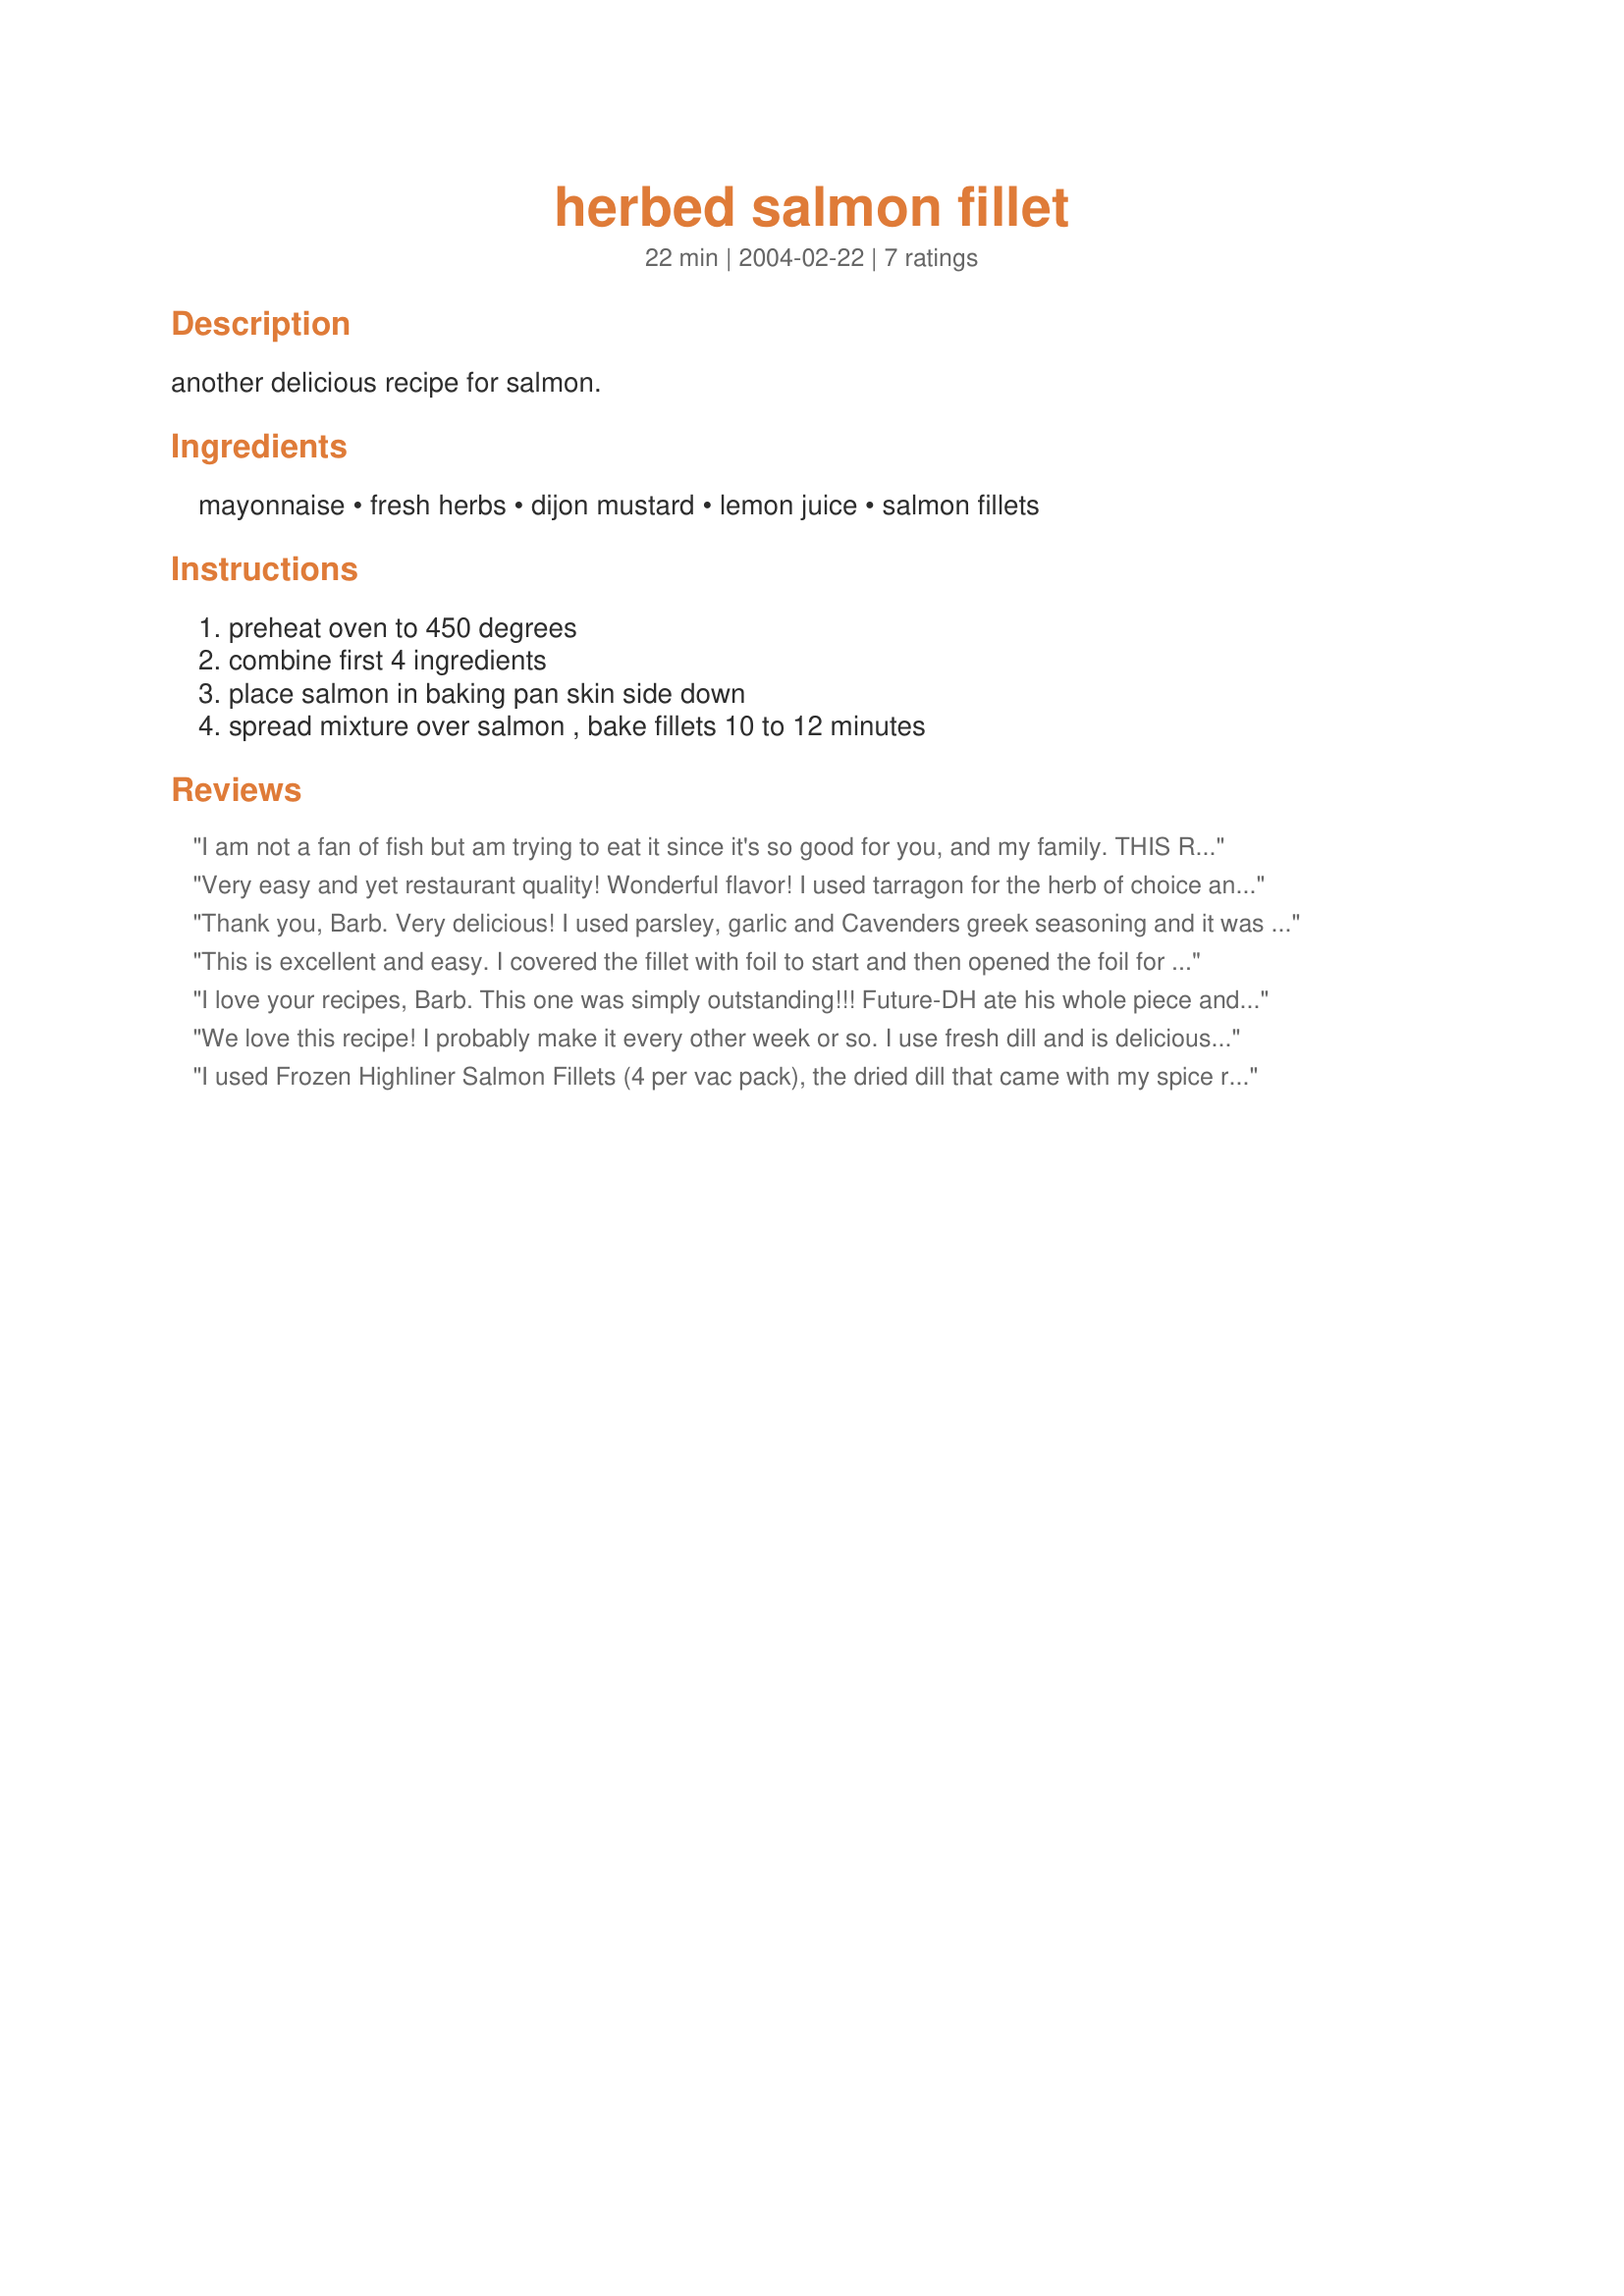
herbed salmon fillet
Preparation time: 22 minutes

another delicious recipe for salmon.

Ingredients:
mayonnaise, fresh herbs, dijon mustard, lemon juice, salmon fillets

Steps:
preheat oven to 450 degrees, combine first 4 ingredients, place salmon in baking pan skin side down, spread mixture over salmon , bake fillets 10 to 12 minutes

Reviews:
I am not a fan of fish but am trying to eat it since it's so good for you, and my family. THIS RECIPE IS DELICIOUS!!! It is sure to become a regular on our menu.
Very easy and yet restaurant quality! Wonderful flavor! I used tarragon for the herb of choice and served with freshly sliced lemon wedges for an elegant meal. This I will make again. Next time for company ; )Thanks Barb! -- posted Jul 8, 2004

Thank you, Barb. Very delicious! I used parsley, garlic and Cavenders greek seasoning and it was wonderful... it could have stand to have been cooked a little longer; though not by much. 15 minutes I think is a good time. Thanks!
This is excellent and easy. I covered the fillet with foil to start and then opened the foil for the last 5 minutes. I had to cook a little longer at a lower heat as I had other things in the oven but I don't think it hurt it at all. I can't wait until tomorrow for the leftovers. By the way, used Ultra low fat mayo! Yum!
I love your recipes, Barb. This one was simply outstanding!!! Future-DH ate his whole piece and half of mine. He didn't even use the extra yogurt-dill sauce he usually requests when I make salmon. Baked for 15 minutes at 450 as my oven is a little off. I will definately be making this again.
We love this recipe! I probably make it every other week or so. I use fresh dill and is delicious. I've tweaked the cooking a little, I bake it in a dish covered in foil for 10 min, then uncovered for for another 10 min +/-. One of the best things about this recipe is that it "seals" the salmon keeping it incredibly moist.
I used Frozen Highliner Salmon Fillets (4 per vac pack), the dried dill that came with my spice rack, and Fat Free Kraft Mayo. This turned out AWESOME! Not expensive, quick, and very nice- even the next day. Thanks.
